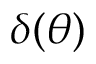
\delta ( \theta )